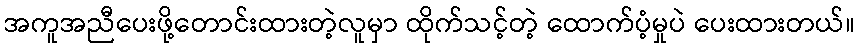
အကူအညီပေးဖို့တောင်းထားတဲ့လူမှာ ထိုက်သင့်တဲ့ ထောက်ပံ့မှုပဲ ပေးထားတယ်။